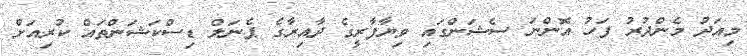
މިއަދު މެންދުރު ފަހު އޮންނަ ސެޝަންގައި ވިޔާފާރީގެ ދާއިރާގެ ޕެނަލް ޑިސްކަޝަންތައް ކުރިއަށް